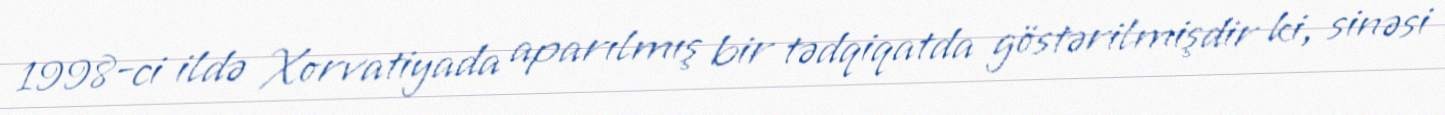
1998-ci ildə Xorvatiyada aparılmış bir tədqiqatda göstərilmişdir ki, sinəsi